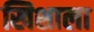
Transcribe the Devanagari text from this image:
खिशाला